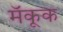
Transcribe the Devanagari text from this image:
मॅकूक